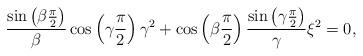
LaTeX: \begin{align*} \frac{\sin \left(\beta \frac{\pi}2\right)}{\beta} \cos \left(\gamma \frac{\pi}2\right) \gamma^2 + \cos \left(\beta \frac{\pi}2\right) \frac{\sin \left(\gamma \frac{\pi}2\right)}{\gamma} \xi^2 = 0, \end{align*}